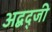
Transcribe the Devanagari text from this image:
अद्बद्जी